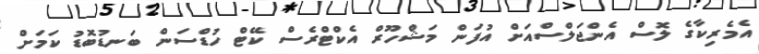
އެމެރިކާގެ ލޮސް އެންޖަލްސްއަށް އުފަން މަޝްހޫރް އެކްޓްރެސް ކޭޓް ހުޑްސަން ބަނޑުބޮޑު ކަމަށް